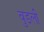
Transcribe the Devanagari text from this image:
वुडली